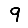
Digit: 9